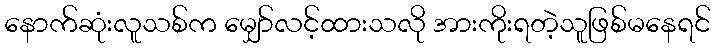
နောက်ဆုံးလူသစ်က မျှော်လင့်ထားသလို အားကိုးရတဲ့သူဖြစ်မနေရင်